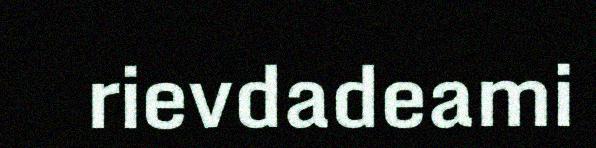
rievdadeami